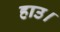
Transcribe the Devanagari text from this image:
हाउ।